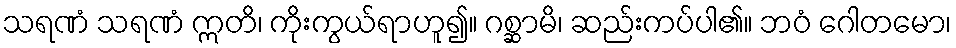
သရဏံ သရဏံ ဣတိ၊ ကိုးကွယ်ရာဟူ၍။ ဂစ္ဆာမိ၊ ဆည်းကပ်ပါ၏။ ဘဝံ ဂေါတမော၊